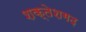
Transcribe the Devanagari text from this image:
शक्तेशगढ़